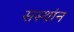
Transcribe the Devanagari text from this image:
सस्थांन